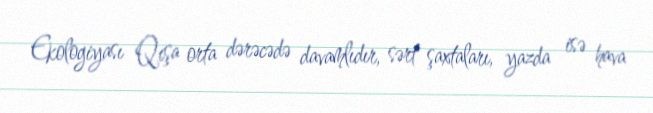
Ekologiyası Qışa orta dərəcədə davamlıdır, sərt şaxtaları, yazda isə hava